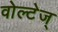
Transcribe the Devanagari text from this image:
वोल्टेज्